Lunatic asylums Bombay report 1891-1903 - 1891-1903
Year: 1891
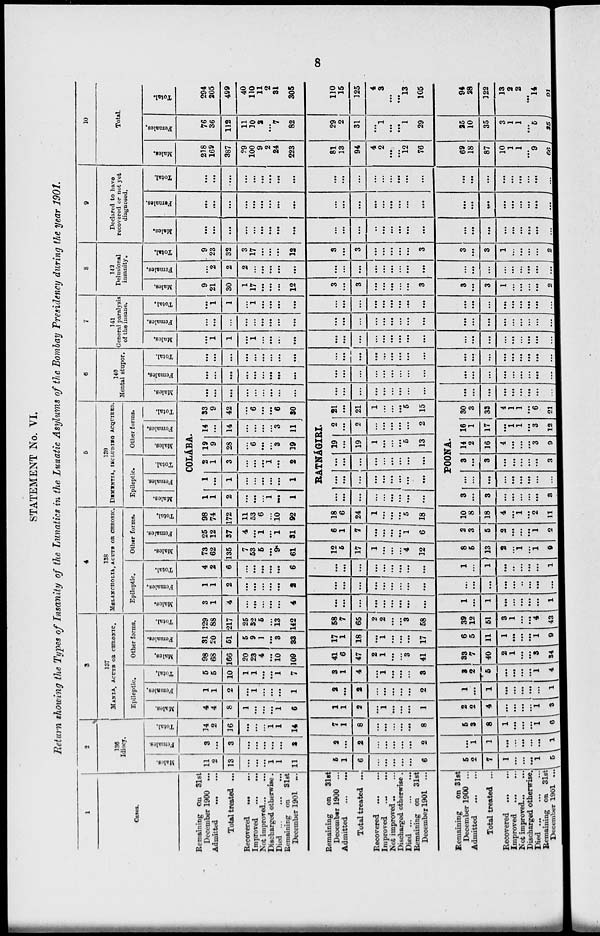
8
STATEMENT No. VI.
Return showing the Types of Insanity of the Lunatics in the Lunatic Asylums of the Bombay Presidency during the year 1901.
1
Cases.
Remaining on
31st
December 1900
...
Admitted
...
...
Total treated ...
Recovered ... ...
Improved ...
Not
improved...
...
Discharged otherwise.
Died ...
...
...
Remaining on
31st
December 1901
...
Remaining on
31st
December 1900 ...
Admitted
...
...
Total treated ... ...
Recovered
...
...
Improved ... ...
Not improved
Discharged otherwise.
Died ...
...
...
Remaining on
31st
December 1901
...
Remaining
on 31st
December 1900 ...
Admitted
...
...
Total treated ... ...
Recovered
...
...
Improved
...
...
Not improved
...
...
Discharged otherwise.
Died ... ... ...
Remaining on 31st
December 1901 ...
2
136
Idiocy.
Males.
11
2
13
...
...
...
1
1
11
5
1
6
...
...
...
...
...
6
5
2
7
1
...
...
...
1
5
Females.
3
...
3
...
...
...
...
...
2
2
...
2
...
...
...
...
...
2
...
1
1
...
...
...
...
...
1
Total.
14
2
16
...
...
...
1
1
14
7
1
8
...
...
...
...
...
8
5
3
8
1
...
...
...
1
6
3
137
MANIA, ACUTE OR CHRONIC.
Epileptic.
Males.
4
4
8
1
...
...
...
1
6
1
1
2
...
1
...
...
...
1
2
2
4
...
...
...
...
1
3
Females.
1
1
2
...
1
...
...
...
1
2
...
2
...
...
...
...
...
2
1
...
1
...
...
...
...
...
1
Total.
5
5
10
1
1
...
...
1
7
3
1
4
...
1
...
...
...
3
3
2
5
...
...
...
...
1
4
Other forms.
Males.
98
68
166
20
23
4
...
10
109
41
6
47
2
1
...
...
3
41
33
7
40
2
1
...
...
3
34
Females.
31
20
51
5
9
1
...
3
33
17
1
18
...
1
...
...
...
17
6
5
11
1
...
...
...
1
9
Total.
129
88
217
25
32
5
...
13
142
58
7
65
2
2
...
3
68
39
12
51
3
1
...
...
4
43
4
138
MELANCHOLIA, ACUTE OR CHRONIC.
Epileptic.
Males.
3
1
4
...
...
...
...
...
4
...
...
...
...
...
...
...
...
...
1
...
1
...
...
...
...
...
1
Females.
1
1
2
...
...
...
...
...
2
...
...
...
...
...
...
...
...
...
...
...
...
...
...
..
...
...
...
Total.
4
2
6
...
...
...
...
...
6
...
...
...
...
...
...
...
...
...
1
...
1
...
...
...
...
...
1
Other forms.
Males.
73
62
135
7
53
5
...
9
61
12
6
17
1
...
...
...
4
12
8
5
13
2
...
1
...
1
9
Females.
25
12
37
4
...
1
...
1
31
6
1
7
...
...
...
...
1
6
2
3
5
2
...
...
...
1
2
Total.
98
74
172
11
53
6
...
10
92
18
6
24
1
...
...
...
5
18
10
8
18
4
...
1
...
2
11
6
139
DEMENTIA, INCLUDING ACQUIRED.
Epileptic.
Males.
Females.
Total.
Other forms.
Males.
Females.
Total.
C0LABA.
1
1
2
...
...
...
1
...
1
1
...
1
...
...
...
...
...
1
2
1
3
...
...
...
1
...
2
19
9
28
...
6
...
...
3
19
14
...
14
...
...
...
...
3
11
33
9
42
...
6
...
...
6
30
RATNÁGIRI.
...
...
...
...
...
...
...
...
...
...
...
...
...
...
...
...
...
...
...
...
...
...
...
...
...
...
19
...
19
1
...
...
...
5
13
2
...
2
...
...
...
...
...
2
21
...
21
1
...
...
...
5
15
POONA.
3
...
3
...
...
...
...
...
3
...
...
...
...
...
...
...
...
...
3
...
3
...
...
...
...
...
3
14
2
16
4
...
...
...
3
9
16
1
17
...
1
1
...
3
12
30
3
33
4
1
1
...
6
21
6
140
Mental stupor.
Males.
...
...
...
...
...
...
...
...
...
...
...
...
...
...
...
...
...
...
...
...
...
...
...
...
...
...
...
Females.
...
...
...
...
...
...
...
...
...
...
...
...
...
...
...
...
...
...
...
...
...
...
...
...
...
...
...
Total.
...
...
...
...
...
...
...
...
...
...
...
...
...
...
...
...
...
...
...
...
...
...
...
...
...
...
...
7
141
General paralysis
of the insane.
Males.
...
1
1
...
1
...
...
...
...
...
...
...
...
...
...
...
...
...
...
...
...
...
...
...
...
Females.
...
...
...
...
...
...
...
...
...
...
...
...
...
...
...
...
...
...
...
...
...
...
...
...
...
...
Total.
...
1
1
1
...
...
...
...
...
...
...
...
...
...
...
...
...
...
...
...
...
...
...
...
...
...
8
143
Delusional
insanity.
Males.
9
21
30
1
17
...
...
...
12
3
...
3
. ..
...
...
...
...
3
3
...
3
1
...
...
...
...
2
Females.
...
2
2
2
...
...
...
...
...
...
...
...
...
...
...
...
...
...
...
...
...
...
...
...
...
...
...
Total.
9
23
32
3
17
...
...
...
12
3
...
3
...
...
...
...
...
3
3
...
3
1
...
...
...
2
9
Declared to have
recovered or not yet
diagnosed.
Males.
...
...
...
...
...
...
...
...
...
...
...
...
...
...
...
...
...
...
...
...
...
...
...
...
...
...
Females.
...
...
...
...
...
...
...
...
...
...
...
...
...
...
...
...
...
...
...
...
...
...
...
...
...
...
...
Total.
...
...
...
...
...
...
...
...
...
...
...
...
...
...
...
...
...
...
...
...
...
...
...
...
...
...
10
Total
Males.
218
169
387
29
100
9
2
24
223
81
13
94
4
2
...
...
12
76
69
18
87
10
1
1
...
9
66
Females.
76
36
112
11
10
2
...
7
82
29
2
31
...
1
...
...
1
29
25
10
35
3
1
1
...
5
25
Total.
294
205
499
40
110
11
2
31
305
110
15
125
4
3
...
...
13
105
94
28
122
13
2
2
...
14
91